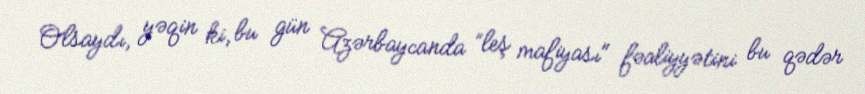
Olsaydı, yəqin ki, bu gün Azərbaycanda ”leş mafiyası" fəaliyyətini bu qədər